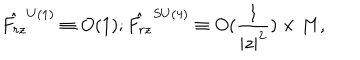
\hat { F _ { r z } } ^ { U ( 1 ) } \equiv O ( 1 ) ; \hat { F _ { r z } } ^ { S U ( 4 ) } \equiv O ( { \frac { 1 } { | z | ^ { 2 } } } ) \times M ,